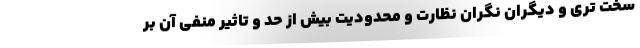
سخت تری و دیگران نگران نظارت و محدودیت بیش از حد و تاثیر منفی آن بر